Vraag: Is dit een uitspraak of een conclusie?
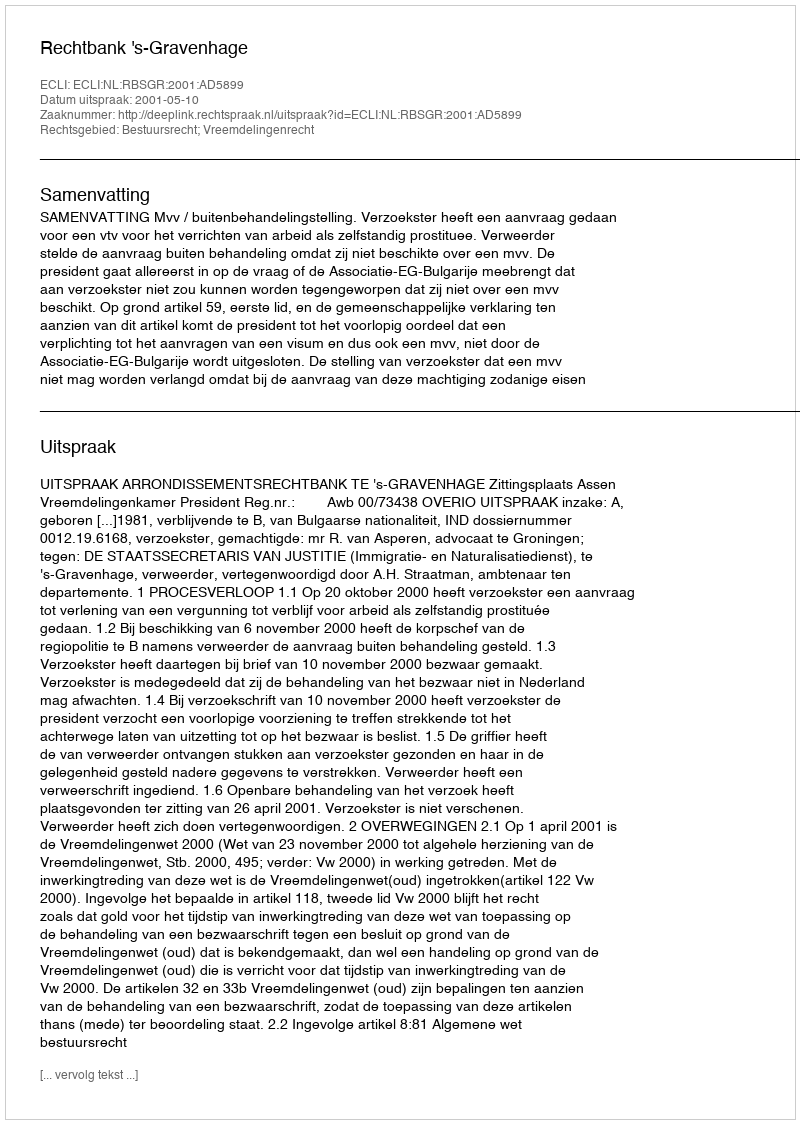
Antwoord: Uitspraak